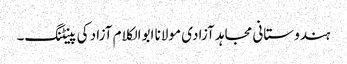
ہندوستانی مجاہد آزادی مولانا ابوالکلام آزاد کی پینٹنگ۔